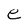
Character: e